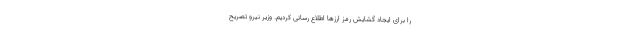
را برای ایجاد گشایش رمز ارز‌ها اطلاع رسانی کردیم. وزیر نیرو تصریح